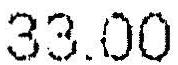
33.00